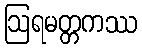
ဩရမတ္တကဿ